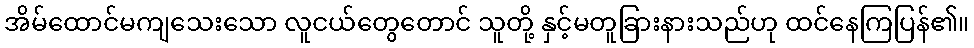
အိမ်ထောင်မကျသေးသော လူငယ်တွေတောင် သူတို့ နှင့်မတူခြားနားသည်ဟု ထင်နေကြပြန်၏။